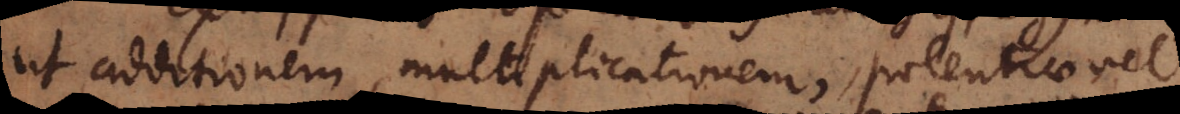
ut additionem, multiplicationem, potentiae vel